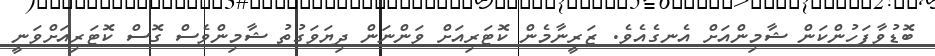
ބޮޑުވާފަހުންކަން ޝާމިންއަށް އެނގެއެވެ. ޒަރީނާމެން ކޮޓަރިއަށް ވަންނަން ދިޔަވަގުތު ޝާމިންވެސް ގޮސް ކޮޓަރިއަށްވަނީ